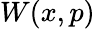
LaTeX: W(x,p)